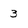
Character: 3